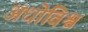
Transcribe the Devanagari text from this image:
अधोविश्व